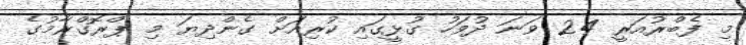
މި ފެބްރުއަރީ 24 ވަނަ ދުވަހު ގުޅީގައި ކުރިއަށް ގެންދިޔަ މި ޕްރޮގްރާމުގެ